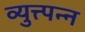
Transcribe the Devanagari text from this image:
व्युत्त्पन्न